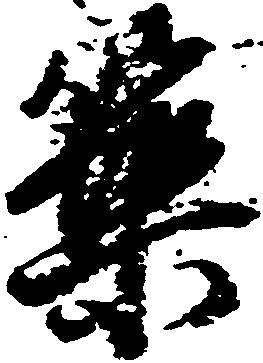
築